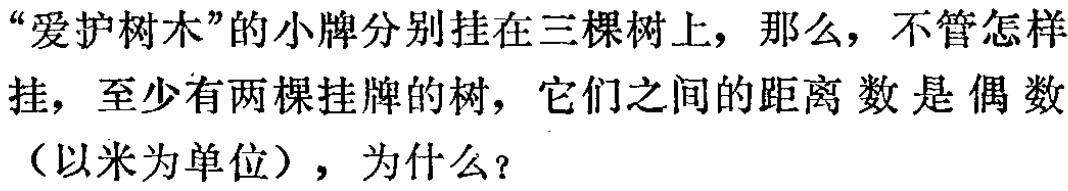
“爱护树木”的小牌分别挂在三棵树上，那么，不管怎样挂，至少有两棵挂牌的树，它们之间的距离数是偶数（以米为单位），为什么？